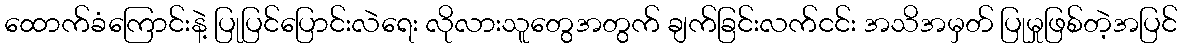
ထောက်ခံကြောင်းနဲ့ ပြုပြင်ပြောင်းလဲရေး လိုလားသူတွေအတွက် ချက်ခြင်းလက်ငင်း အသိအမှတ် ပြုမှုဖြစ်တဲ့အပြင်